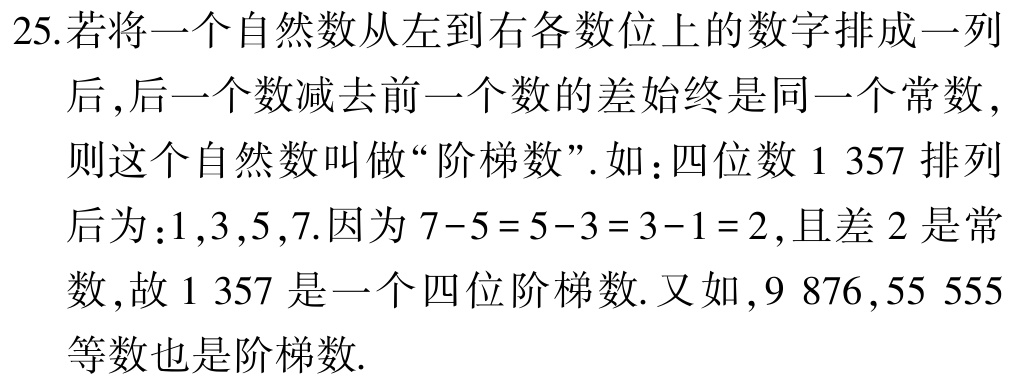
25.若将一个自然数从左到右各数位上的数字排成一列
后,后一个数减去前一个数的差始终是同一个常数,
则这个自然数叫做“阶梯数”.如：四位数$1\ 357$排列
后为：$1,3,5,7$.因为$7 - 5 = 5 - 3 = 3 - 1 = 2$,且差$2$是常
数,故$1\ 357$是一个四位阶梯数.又如,$9\ 876$,$55\ 555$
等数也是阶梯数.